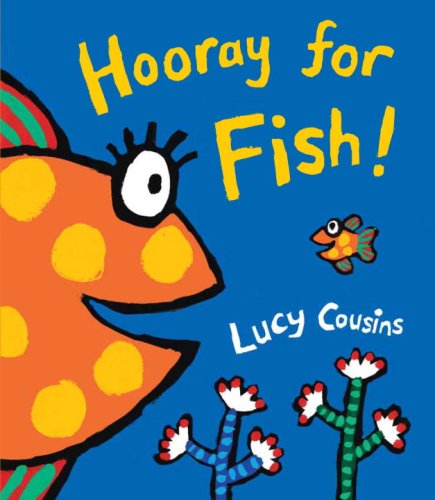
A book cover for Hooray for Fish!; Lucy Cousins; Children's Books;